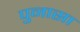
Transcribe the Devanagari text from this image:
पुनासा